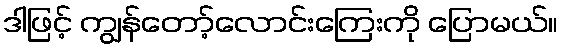
ဒါဖြင့် ကျွန်တော့်လောင်းကြေးကို ပြောမယ်။